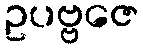
ဥပဗ္ဗဇေ